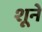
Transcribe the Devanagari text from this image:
शूने